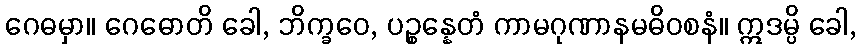
ဂေဓမှာ။ ဂေဓောတိ ခေါ, ဘိက္ခဝေ, ပဉ္စန္နေတံ ကာမဂုဏာနမဓိဝစနံ။ ဣဒမ္ပိ ခေါ,